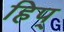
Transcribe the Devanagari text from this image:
हिप्